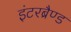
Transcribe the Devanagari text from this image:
इंटरब्रैण्ड